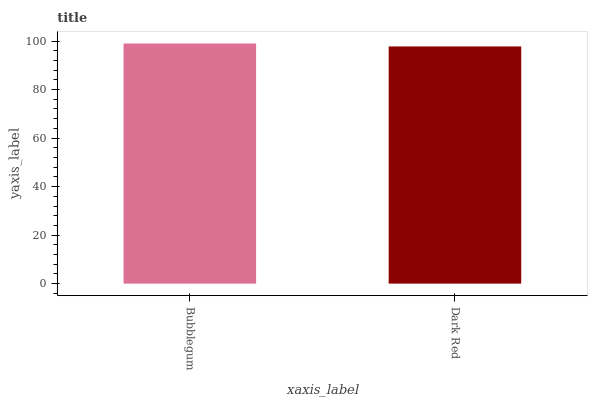
| xaxis_label | bars |
 | --- | --- |
 | Bubblegum | 99 |
 | Dark Red | 97.8 |